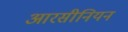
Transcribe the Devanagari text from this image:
आरसीनियन